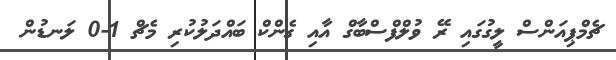
ޗެމްޕިއަންސް ލީގުގައި ރޭ ވުލްފްސްބާގް އާއި ގެންކް ބައްދަލުކުރި މެޗް 1-0 ލަނޑުން